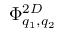
\Phi _ { q _ { 1 } , q _ { 2 } } ^ { 2 D }